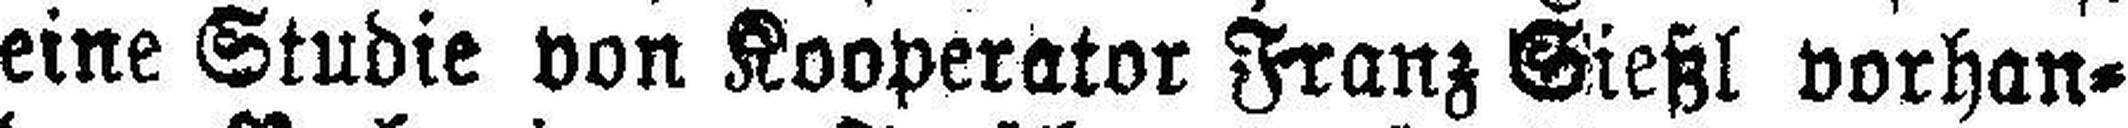
eine Studie von Kooperator Franz Gießl vorhan¬